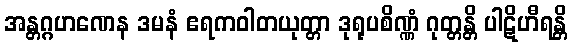
အန္တဂ္ဂဟဏေန ဒမနံ ဧရကဝါတယုတ္တာ ဒုရုပစိဏ္ဏံ ဂုတ္တန္တိ ပါဋိဟီရန္တိ